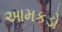
આમકડો